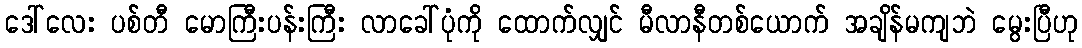
ဒေါ်လေး ပစ်တီ မောကြီးပန်းကြီး လာခေါ်ပုံကို ထောက်လျှင် မီလာနီတစ်ယောက် အချိန်မကျဘဲ မွေးပြီဟု